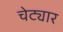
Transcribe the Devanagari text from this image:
चेट्यार